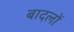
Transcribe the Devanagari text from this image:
बादलाें